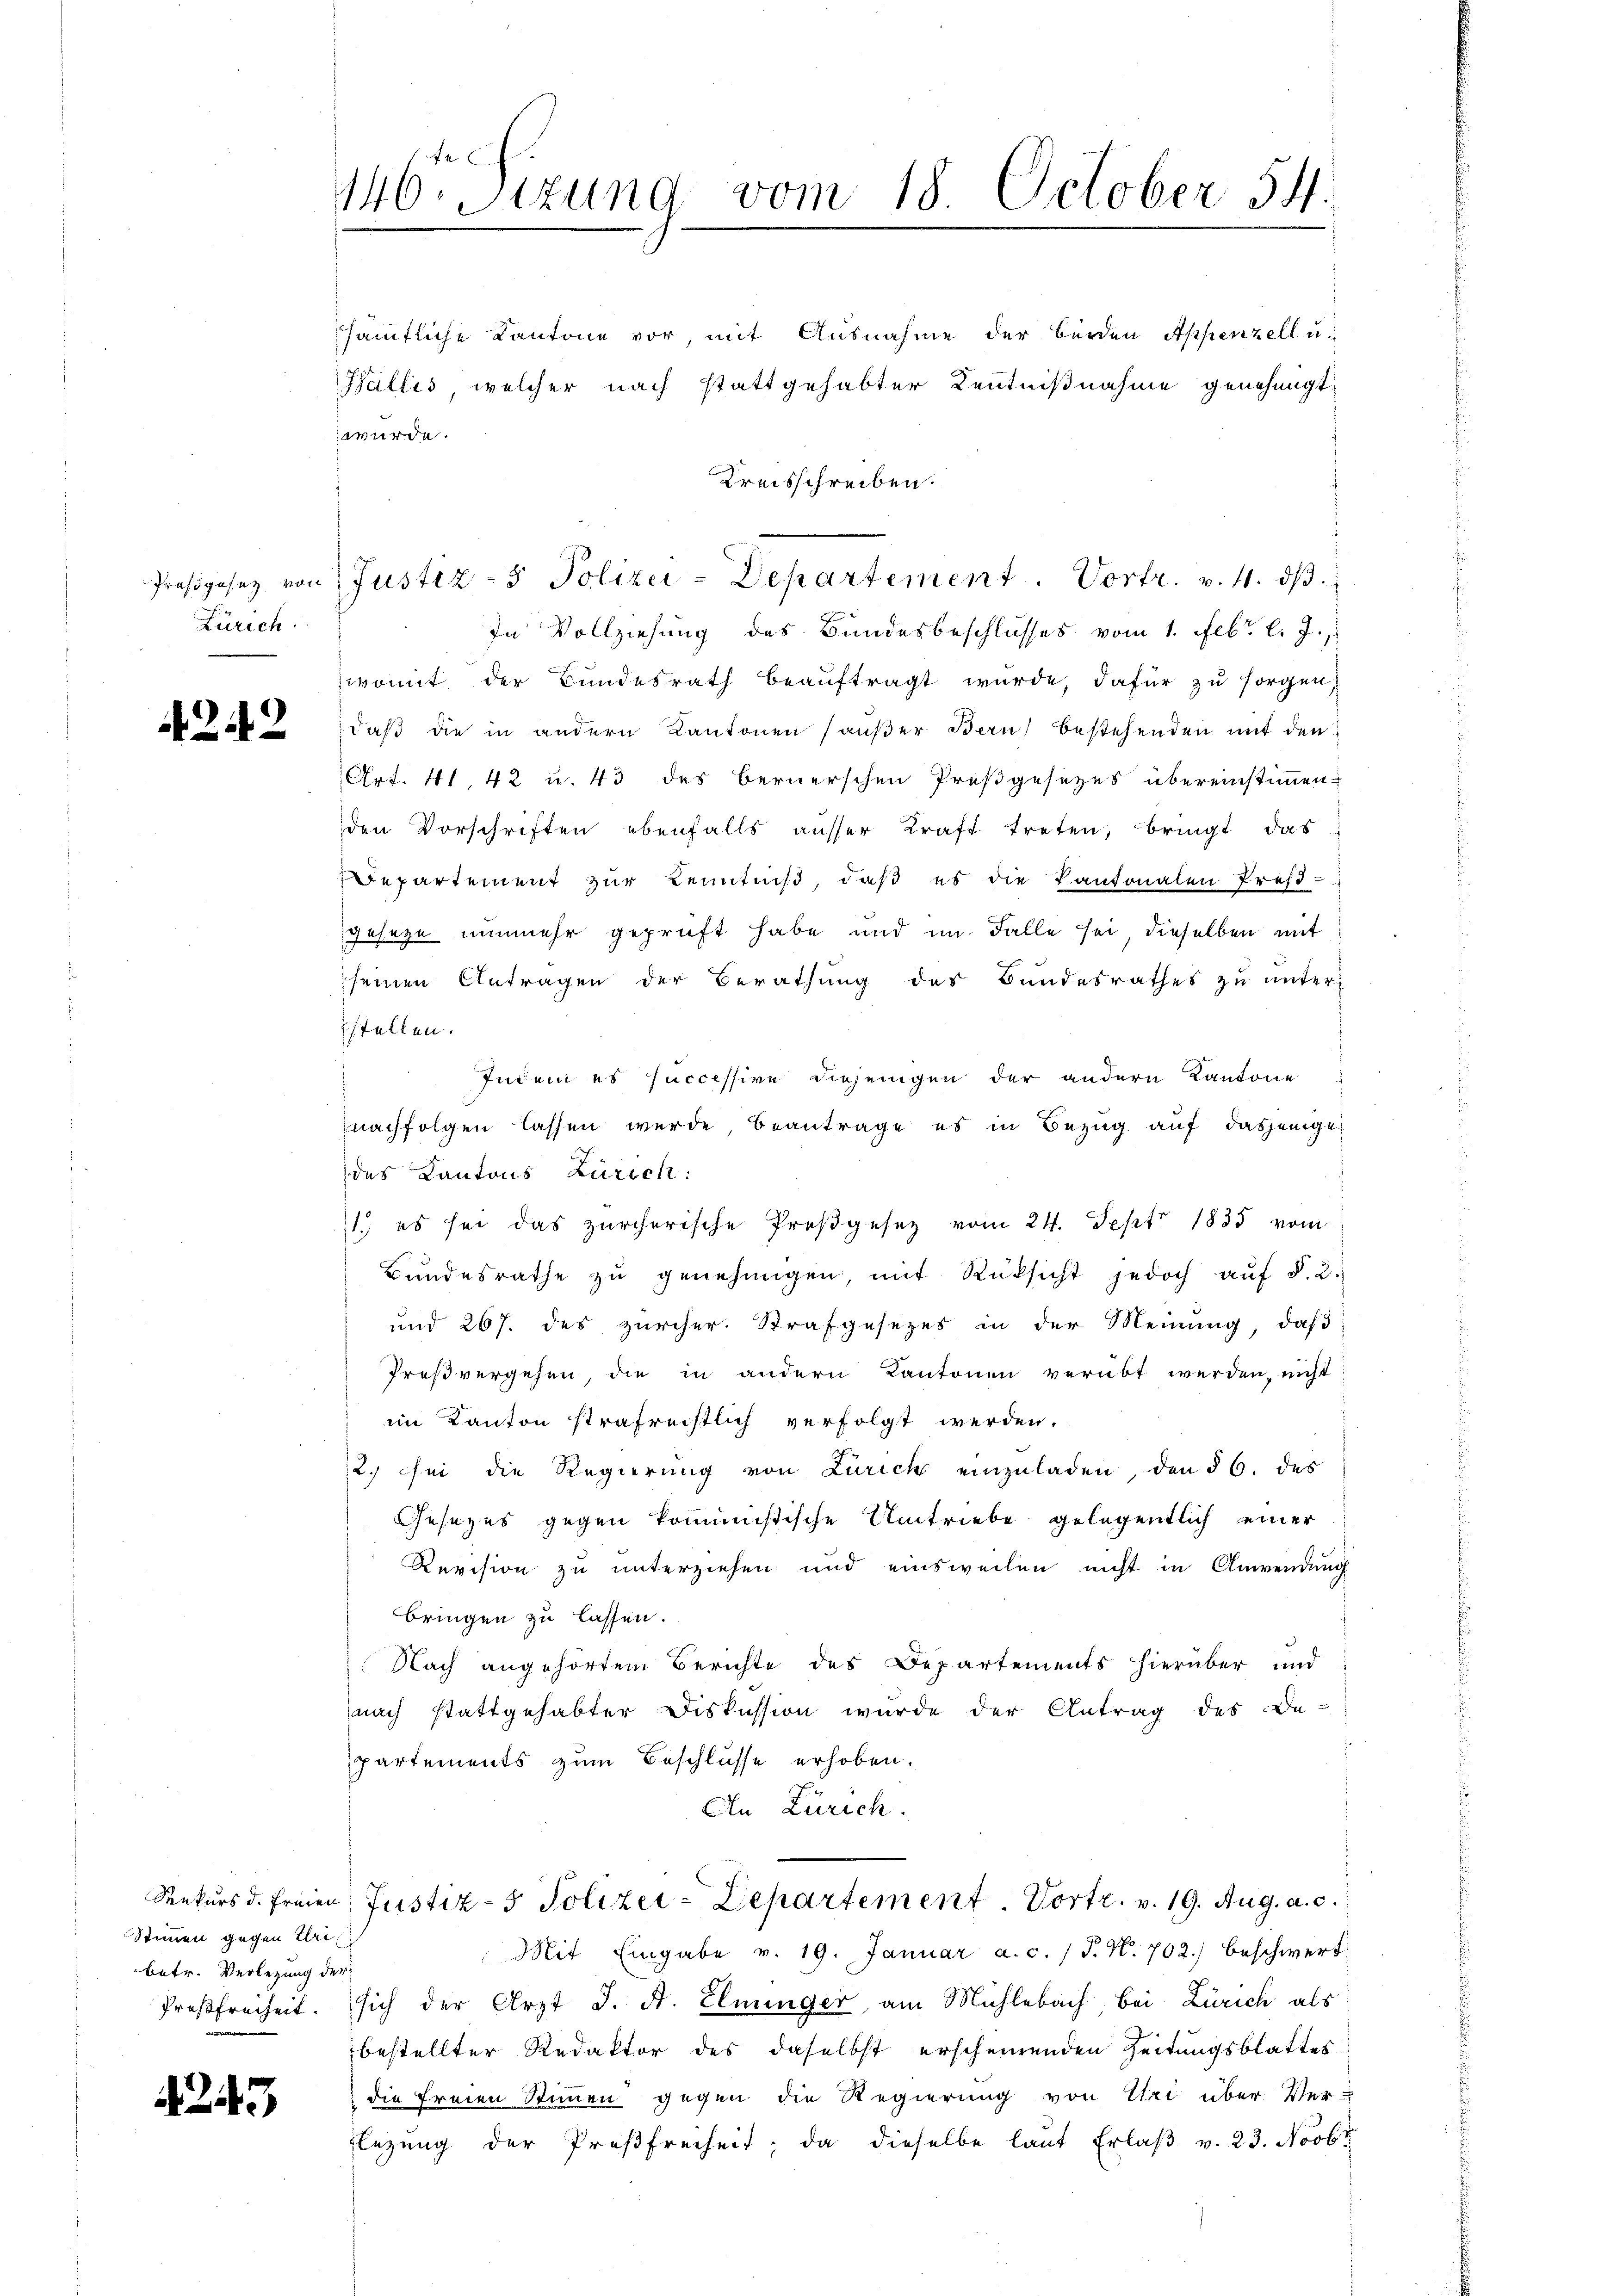
Zürich

4242

Stimmen gegen Eri
betr. Verlegung der

i

243

146. Sizung vom 18. October 54.

sämtliche Kantone vor, mit Ausnahme der Berden Appenzell u.
Gallis, welcher nach stattgehabter Kenntnißnahme genehmigt.
In Vollziehung des Bundesbeschlusses vom 1. Febr. l. J.
womit der Bundesrath beauftragt wurde, dafür zu sorgen,
daß die in andern Kantonen aŭβer Bern) bestehenden mit den
Art. 41, 42 u. 43 des Bernerschen Preßgesetzes übereinstimmen
den Vorschriften ebenfalls ausser Kraft treten, bringt das
Departement zur Kenntniß, daß es die Pantonalen Pref-
geseze nunmehr geprüft habe und im Falle sei dieselben mit
seinen Antragen der Berathŭng des Bundesrathes zŭ ŭnter
stellen.
Indem es successive diejenigen der andern Kantone
nachfolgen lassen werde, beantrage es in Bezug auf dasjenige
des Kantons Zürich:
1.) es sei das zürcherische Prosgesetz vom 24. Sept 1835 vom
Bŭndesrathe zŭ genehmigen, mit Rücksicht jedoch aŭf §. 2.
und 267. des zürcher. Strafgesezes in der Meinung, daß
Preßvergehen, die in andern Kantonen verübt werden, nicht
im Kanton strafreistlich verfolgt werden.
2. sei die Regierung von Zürich einzuladen, den § 6. des
Gesezes gegen kommistische Umtriebe gelegentlich einer
Revision zu unterziehen und einsweilen nicht in Anwendung
bringen zu lassen.
Nach angehörtem Berichte des Departements hierüber und
nach stattgehabter Diskussion wurde der Antrag des Be-
partements zum Beschlusse erhoben.
An Zürich.
Rekurs d. Freien Justiz- & Polizei-Departement Vortr. v. 19. Aug. a. c.
Mit Eingabe v. 19. Januar a.c. (T. N. 702.) beschwert
Preßfreiheit. sich der Arzt J. A. Elminger, am Mühlebach, bei Zürich als
bestellter Redaktor des daselbst erscheinenden Zeitungsblattes
 die freien Stimmen gegen die Regierung von Uri über Ver-
Elegung der Preßfreiheit, da dieselbe laut Erlaß v. 23. Novbr

z wurde.

Kreisschreiben.
Proβgesez von Justiz- & Polizei-Departement. Vortr. v. 4. dβ.